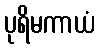
ပုရိမကာယံ